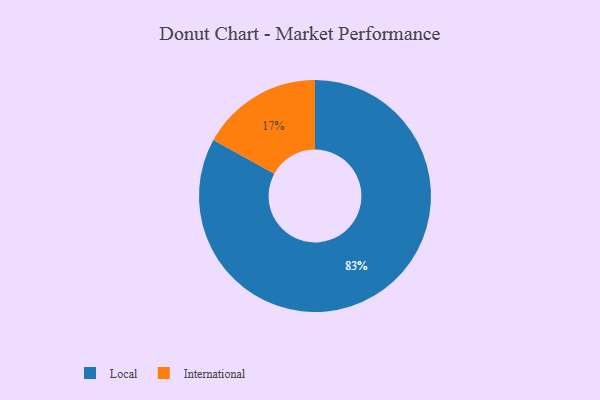
{"axis": {"x": "Category", "y": "Percentage"}, "legend": ["International", "Local"], "data": [{"x": "Local", "y": 83, "type": "Local"}, {"x": "International", "y": 17, "type": "International"}]}